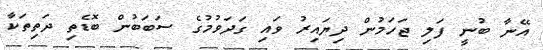
އޭނާ ބުނީ ފަލި ޖަހަމުން ދިޔައިރު ވައި ގަދަވުމުގެ ސަބަބުން ބޮޑެތި ދަތިތަކާ